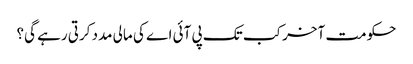
حکومت آخر کب تک پی آئی اے کی مالی مدد کرتی رہے گی؟